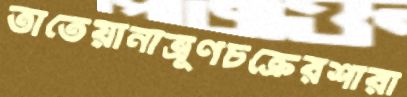
তাতেয়ানাভ্রূণচক্রেরশারা